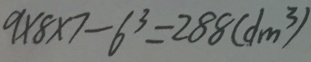
9 \times 8 \times 7 - 6 ^ { 3 } = 2 8 8 ( d m ^ { 3 } )